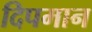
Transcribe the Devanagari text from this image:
दिपमान